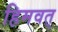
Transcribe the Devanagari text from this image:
हिमवत्